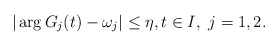
\begin{align*}|\arg G_j(t) - \omega_j|\leq \eta,t\in I,\ j=1,2.\end{align*}